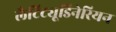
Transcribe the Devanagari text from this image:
लैटिट्यूडिनेरियन